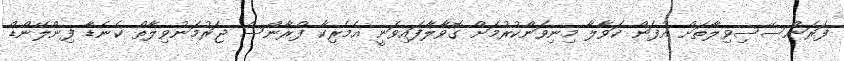
ފަރަންސޭސިވިލާތަށް އުފަން ކަވާލާ މިނިވަންކުރުމަށް ގޮވާލާފައިވަނީ އެމެރިކާ ފްރާންސް ޖަރުމަނުވިލާތް ކެނެޑާ ފިންލޭންޑް